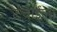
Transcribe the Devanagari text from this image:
टंचाईला